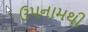
ઉપનામથી